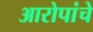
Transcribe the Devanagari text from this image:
आरोपांचे